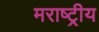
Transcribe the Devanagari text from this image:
मराष्ट्रीय